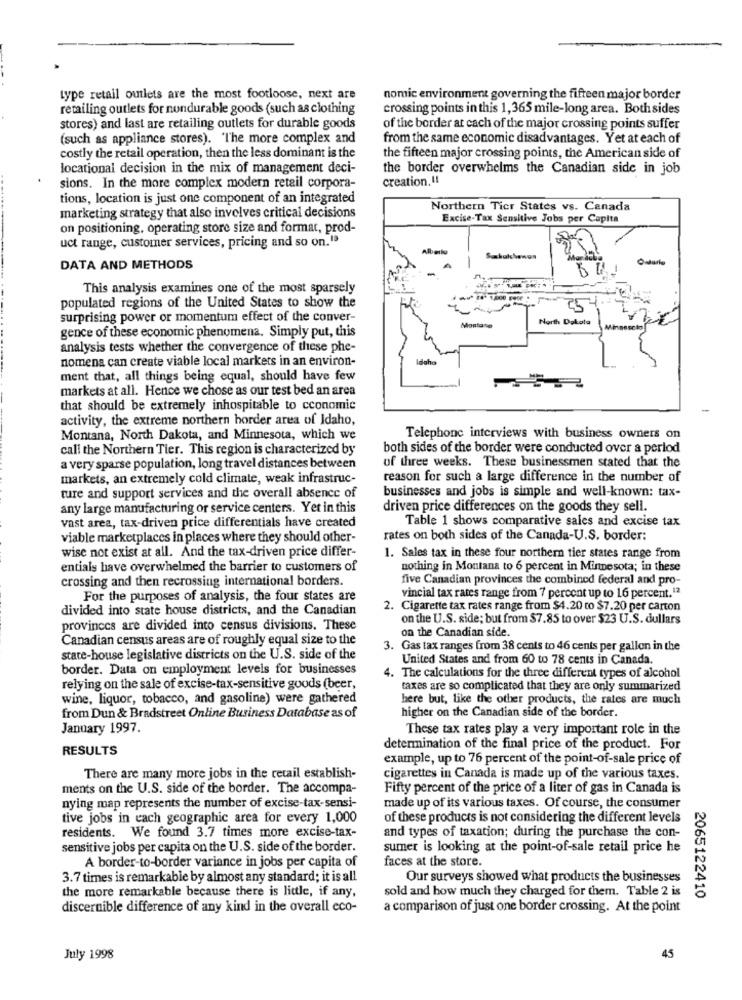
type retail outlets are the most footloose, next are
nomic environment governing the fifteen major border
retailing outlets for nondurable goods (such as clothing
crossing points in this 1,365 mile-long area. Both sides
stores) and last are retailing outlets for durable goods
of the border at each of the major crossing points suffer
(such as appliance stores). "The more complex and
from the same economic disadvantages. Yet at each of
costly the retail operation, then the less dominant is the
the fifteen major crossing points, the American side of
locational decision in the mix of management deci-
the border overwhelms the Canadian side in job
creation. !!
sions. In the more complex modern retail corpora-
tions, location is just one component of an integrated
Northern Tier States vs. Canada
marketing strategy that also involves critical decisions
Excise-Tax Sensitive Jobs per Capita
on positioning, operating store size and format, prod-
uct range, customer services, pricing and so on."
Odlarle
DATA AND METHODS
This analysis examines one of the most sparsely
populated regions of the United States to show the
surprising power or momentum effect of the conver-
Montane
North Dakota
gence of these economic phenomena. Simply put, this
analysis tests whether the convergence of these phe-
nomena can create viable local markets in an environ-
Idaho
ment that, all things being equal, should have few
markets at all. Hence we chose as our test bed an area
that should be extremely inhospitable to cconomic
activity, the extreme northern horder area of Idaho,
Montana, North Dakota, and Minnesota, which we
Telephone interviews with business owners on
call the Northern Tier. This region is characterized by
both sides of the border were conducted over a period
a very sparse population, long travel distances between
of three weeks. These businessmen stated that the
markets, an extremely cold climate, weak infrastruc-
reason for such a large difference in the number of
ture and support services and the overall absence of
businesses and jobs is simple and well-known: tax-
any large manufacturing or service centers. Yet in this
driven price differences on the goods they sell.
vast area, tax-driven price differentials have created
Table 1 shows comparative sales and excise tax
viable marketplaces in places where they should other-
rates on both sides of the Canada-U.S. border:
wise not exist at all. And the tax-driven price differ-
1. Sales tax in these four northern tier states range from
entials have overwhelmed the barrier to customers of
nothing in Montana to 6 percent in Minnesota; in these
crossing and then recrossing international borders.
five Canadian provinces the combined federal and pro-
For the purposes of analysis, the four states are
vincial tax rates range from 7 percent up to 16 percent.12
divided into state house districts, and the Canadian
2. Cigarette tax rates range from $4.20 to $7.20 per carton
on the U.S. side; but from $7.85 to over $23 U.S. dullars
provinces are divided into census divisions. These
on the Canadian side.
Canadian census areas are of roughly equal size to the
3. Gas tax ranges from 38 cents to 46 cents per gallon in the
state-house legislative districts on the U.S. side of the
United States and from 60 to 78 cents in Canada.
border. Data on employment levels for businesses
. The calculations for the three different types of alcohol
relying on the sale of excise-tax-sensitive goods (beer,
taxes are so complicated that they are only summarized
wine, liquor, tobacco, and gasoline) were gathered
here but, like the other products, the rates are much
higher on the Canadian side of the border.
from Dun & Bradstreet Online Business Database as of
January 1997.
These tax rates play a very important role in the
RESULTS
determination of the final price of the product. For
example, up to 76 percent of the point-of-sale price of
There are many more jobs in the retail establish-
cigarettes in Canada is made up of the various taxes.
ments on the U.S. side of the border. The accompa-
Fifty percent of the price of a liter of gas in Canada is
nying map represents the number of excise-tax-sensi-
made up of its various taxes. Of course, the consumer
tive jobs in each geographic area for every 1,000
of these products is not considering the different levels
and types of taxation; during the purchase the con-
residents. We found 3.7 times more excise-tax-
sensitive jobs per capita on the U.S. side of the border.
sumer is looking at the point-of-sale retail price he
A border-to-border variance in jobs per capita of
faces at the store.
3.7 times is remarkable by almost any standard; it is all
Our surveys showed what products the businesses
the more remarkable because there is little, if any,
sold and how much they charged for them. Table 2 is
2065122410
discernible difference of any kind in the overall eco-
a comparison of just one border crossing. At the point
July 1998
45